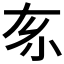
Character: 𡭡